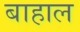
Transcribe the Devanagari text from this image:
बाहाल